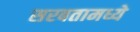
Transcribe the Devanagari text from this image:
सरबतामध्ये